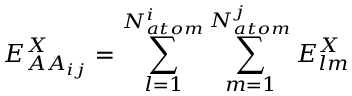
E _ { A A _ { i j } } ^ { X } = \sum _ { l = 1 } ^ { N _ { a t o m } ^ { i } } \sum _ { m = 1 } ^ { N _ { a t o m } ^ { j } } E _ { l m } ^ { X }